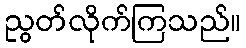
ညွတ်လိုက်ကြသည်။